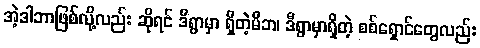
အဲ့ဒါဘာဖြစ်လို့လည်း ဆိုရင် ဒီရွာမှာ ရှိတဲ့မိဘ၊ ဒီရွာမှာရှိတဲ့ စစ်ရှောင်တွေလည်း